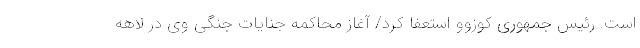
است. رئیس جمهوری کوزوو استعفا کرد/ آغاز محاکمه جنایات جنگی وی در لاهه